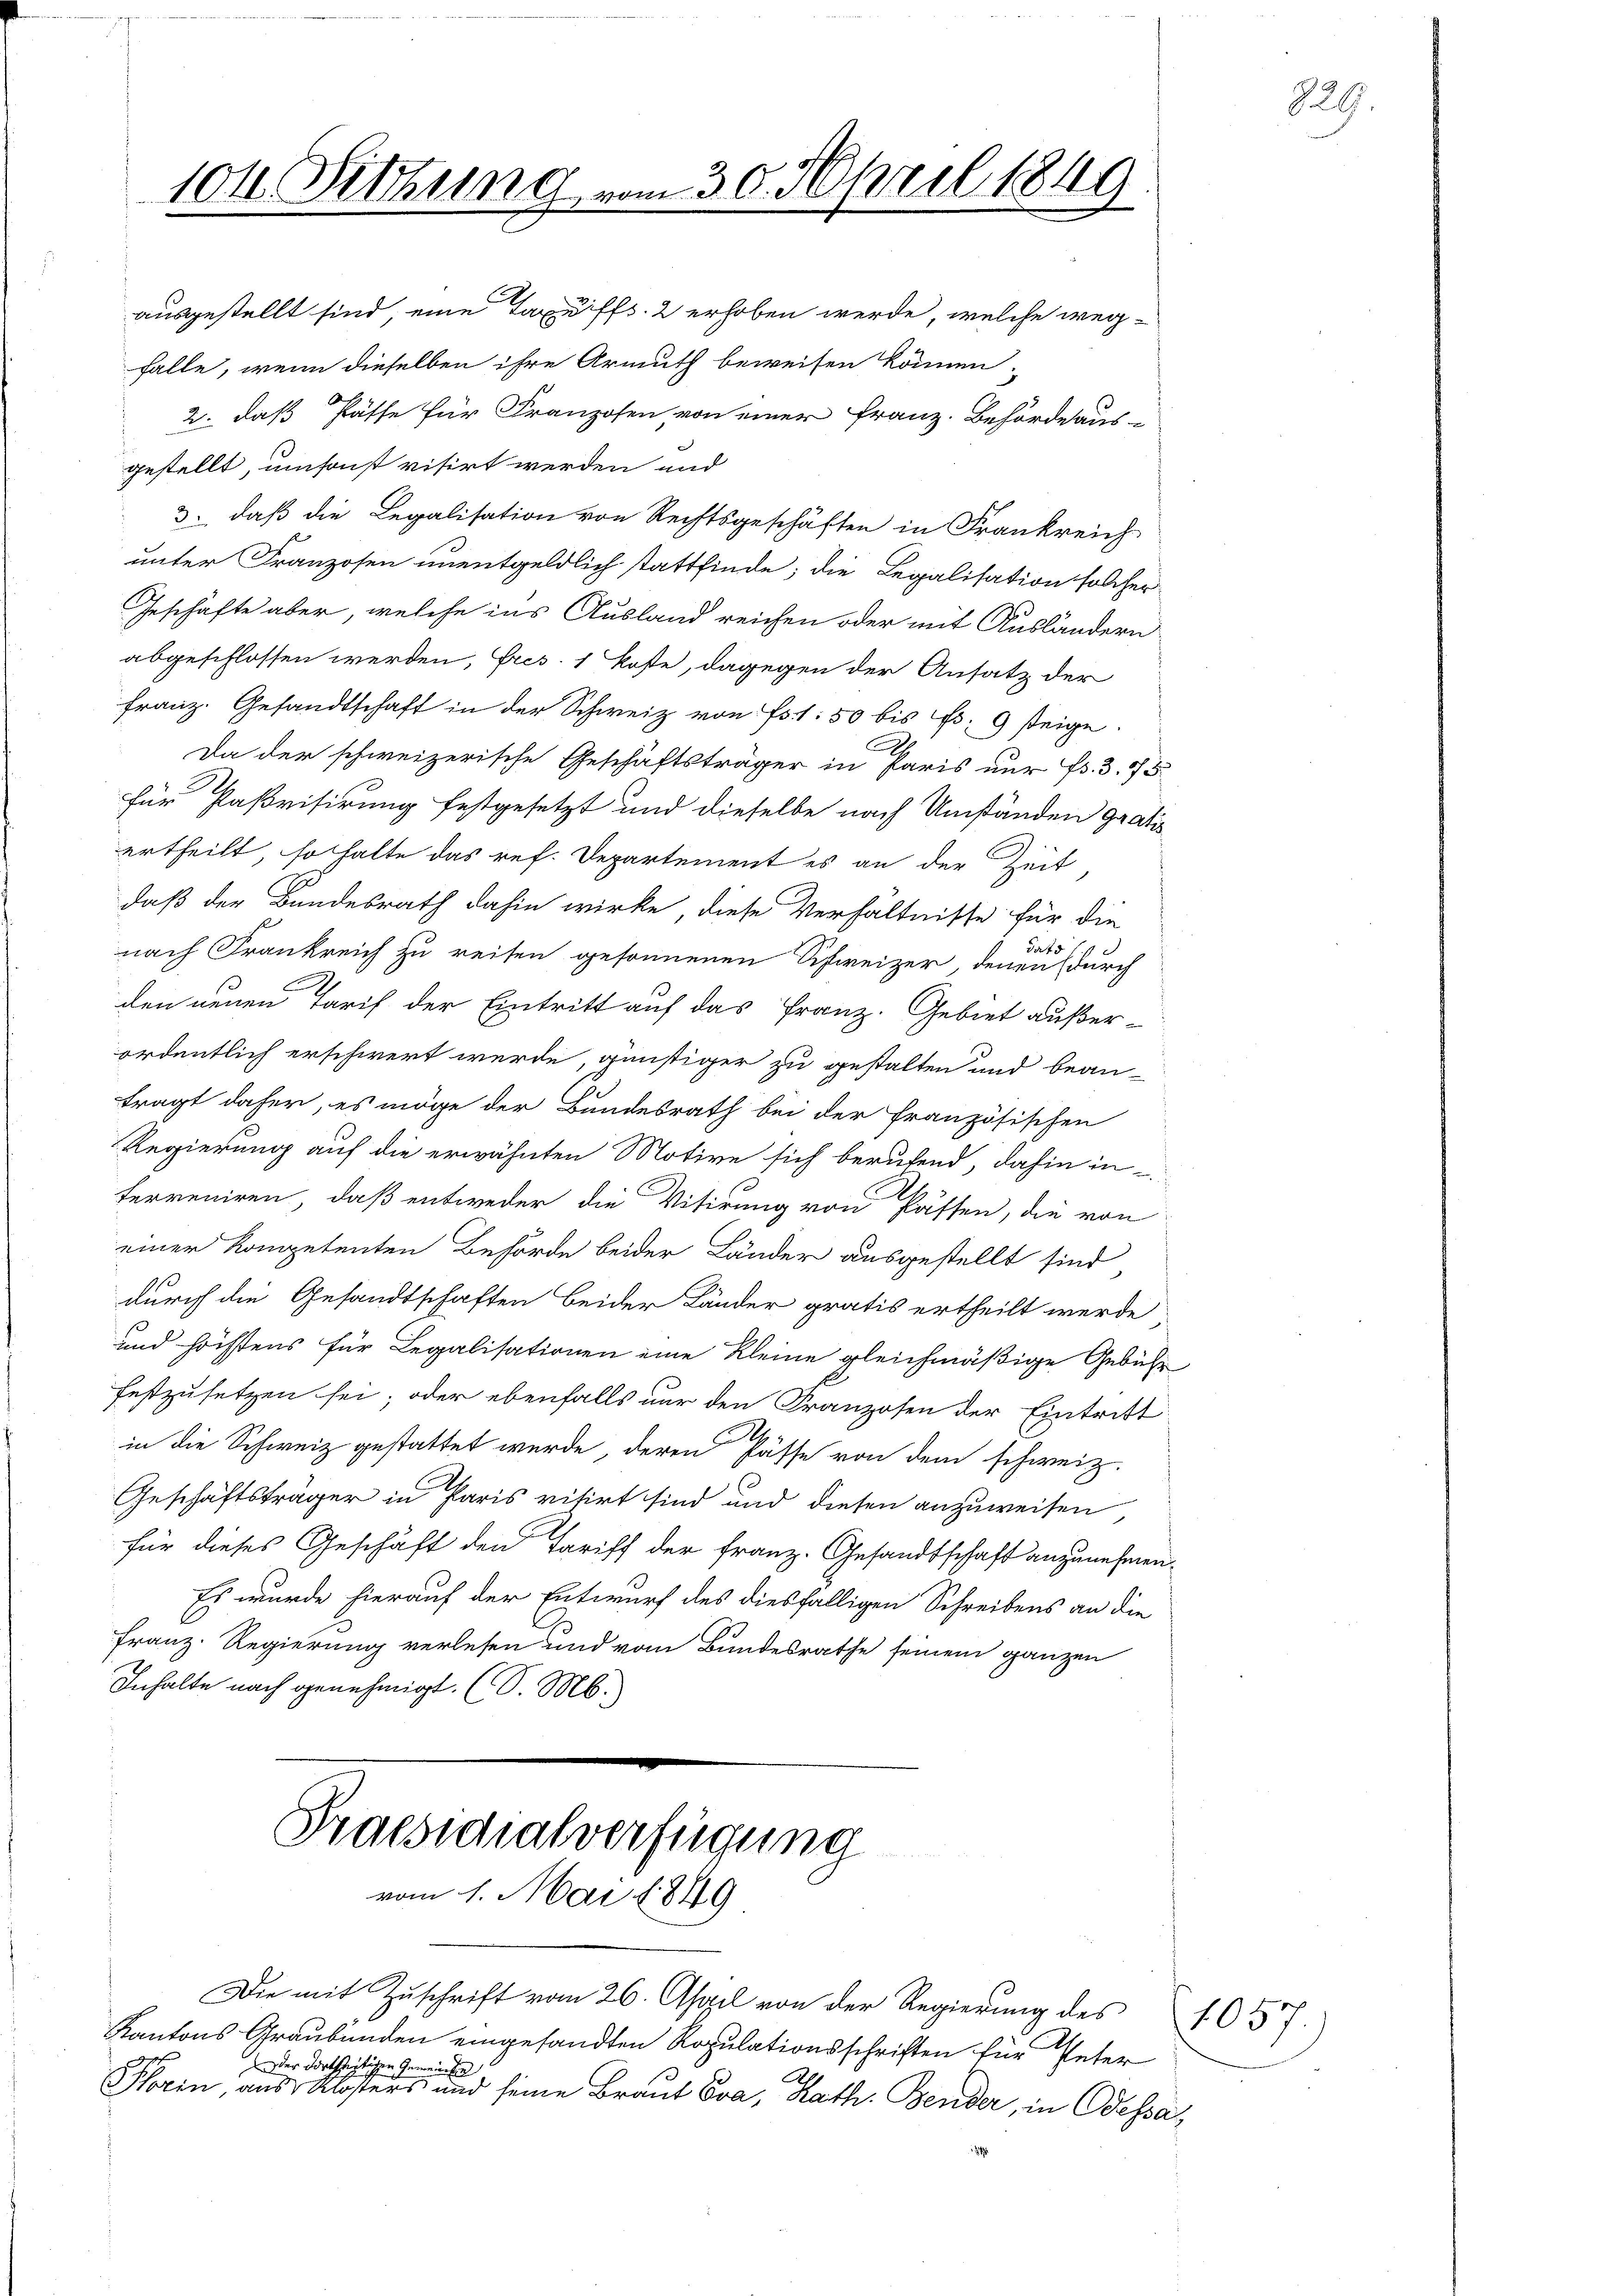
104. Sitzung vom 30. April 1849

ausgestellt sind, eine Taxffs. 2 erhoben werde, welche wegfalle, wenn dieselben ihre Armuth beweisen können.
2. daß Pässe für Franzosen von einer Franz. Behördeaus-
gestellt, umsonst visirt werden und
3., daß die Legalisation von Rechtsgeschäften in Frankreich
unter Franzosen unentgeldlich stattfinde; die Legalisation solcher
Geschäfte aber, welche ins Ausland reichen oder mit Ausländern
abgeschlossen werden, Fres: 1 Koste, dagegen der Ansatz der
Franz. Gesandtschaft in der Schweiz von Fr. 1. 50 bis s. 9 steige.
Da der schweizerische Geschäftsträger in Paris nur Fr. 3. 53
für Paßrisirung festgesetzt und dieselbe nach Umständen gratis
ertheilt, so halte das ref. Departement es an der Zeit
daß der Bundesrath dahin wirke, diese Verhältnisse für die
dato 1
nach Frankreich zu reisen gesonnenen Schweizer, denen (durch
den neuen Tarif der Eintritt auf das Franz. Gebiet außerordentlich erschwert werde, günstiger zu gestalten und bean¬
2
tragt daher, es möge der Bundesrath bei der französischen
Regierung auf die erwähnten Motive sich berufend dahin in
ferreniren, daß entweder die Vitirung von Passen, die von
einer Kompetenten Behörde beider Länder ausgestellt sind
durch die Gesandtschaften beider Länder gratis ertheilt werde
und höchstens für Legalisationen eine Kleine gleichmäßige Gebühr
festzusetzen sei; oder ebenfalls nur den Franzosen der Eintritt
in die Schweiz gestattet wurde, deren Pässe von dem schweiz.
Geschäftsträger in Paris vitirt sind und diesen anzuweisen,
für dieses Geschäft den Tariff der Franz. Gesandtschaft anzunehmen.
Es wurde hierauf der Entwurf des diesfälligen Schreibens an die
Franz. Regierung verlesen und vom Bundesrathe seinem ganzen
Inhalte nach genehmigt. (S. M.
Praesidialverfügung

vom 1. Mai 1849

Die mit Zuschrift vom 26. April von der Regierung des
Kantons Graubünden eingesandten Ropulationsschriften für Peter
der dortseitigen Gemeinder
Horen, aus Klosters und seine Braut Eva, Kath. Bender, in Odessa

1057.

829.